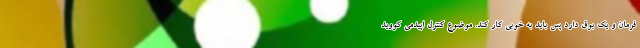
فرمان و یک بوق دارد پس باید به خوبی کار کند. موضوع کنترل اپیدمی کووید